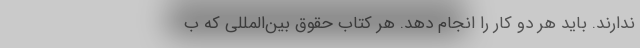
ندارند. باید هر دو کار را انجام دهد. هر کتاب حقوق بین‌المللی که ب